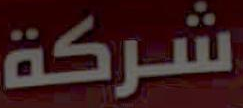
شركة